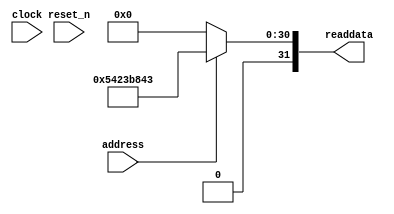
module usb_system_sysid_qsys_0 (
               // inputs:
                address,
                clock,
                reset_n,

               // outputs:
                readdata
             )
;

  output  [ 31: 0] readdata;
  input            address;
  input            clock;
  input            reset_n;

  wire    [ 31: 0] readdata;
  //control_slave, which is an e_avalon_slave
  assign readdata = address ? 1411627075 : 0;

endmodule